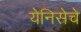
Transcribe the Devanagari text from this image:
येनिसेचे